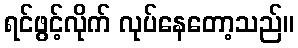
ရင်ဖွင့်လိုက် လုပ်နေတော့သည်။